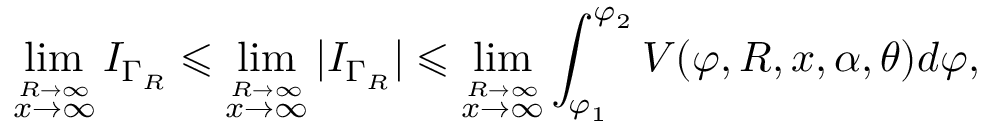
\operatorname* { l i m } _ { \stackrel { R \to \infty } { x \to \infty } } I _ { \Gamma _ { R } } \leqslant \operatorname* { l i m } _ { \stackrel { R \to \infty } { x \to \infty } } | I _ { \Gamma _ { R } } | \leqslant \operatorname* { l i m } _ { \stackrel { R \to \infty } { x \to \infty } } \int _ { \varphi _ { 1 } } ^ { \varphi _ { 2 } } V ( \varphi , R , x , \alpha , \theta ) d \varphi ,